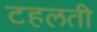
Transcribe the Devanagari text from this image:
टहलती